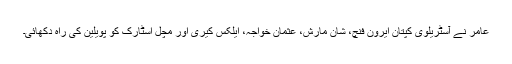
عامر نے آسٹریلوی کپتان ایرون فنچ، شان مارش، عثمان خواجہ، ایلکس کیری اور مچل اسٹارک کو پویلین کی راہ دکھائی۔